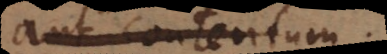
aut contentum.